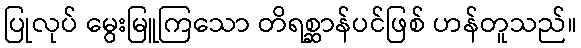
ပြုလုပ် မွေးမြူကြသော တိရစ္ဆာန်ပင်ဖြစ် ဟန်တူသည်။